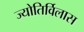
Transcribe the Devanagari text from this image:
ज्योतिर्विलास